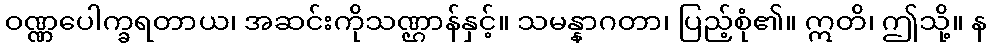
ဝဏ္ဏပေါက္ခရတာယ၊ အဆင်းကိုသဏ္ဌာန်နှင့်။ သမန္နာဂတာ၊ ပြည့်စုံ၏။ ဣတိ၊ ဤသို့။ န